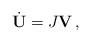
LaTeX: \begin{align*}\dot{{\mathbf U}}=J{\mathbf V}\,,\end{align*}